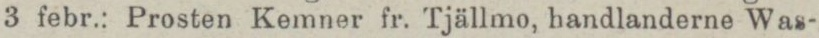
3 febr.: Prosten Kemner fr. Tjällmo, handlanderne Was-